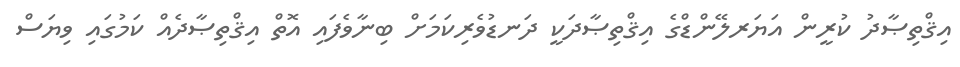
އިޤްތިޞާދު ކުރީން އަޔަރލޭންޑްގެ އިޤްތިޞާދަކީ ދަނޑުވެރިކަމަށް ބިނާވެފައި އޮތް އިޤްތިޞާދެއް ކަމުގައި ވިޔަސް